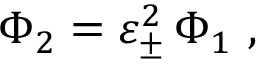
\Phi _ { 2 } = \varepsilon _ { \pm } ^ { 2 } \, \Phi _ { 1 } \ ,